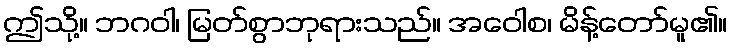
ဤသို့။ ဘဂဝါ၊ မြတ်စွာဘုရားသည်။ အဝေါစ၊ မိန့်တော်မူ၏။